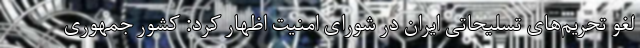
لغو تحریم‌های تسلیحاتی ایران در شورای امنیت ‌اظهار کرد: کشور جمهوری